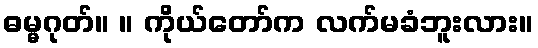
ဓမ္မဂုတ်။ ။ ကိုယ်တော်က လက်မခံဘူးလား။